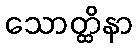
သောတ္ထိနာ